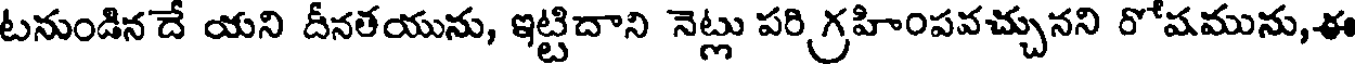
టనుండిన దే యని దీనతయును, ఇట్టిదాని నెట్లు పరి గ్రహింపవచ్చునని రోషమును,ఈ